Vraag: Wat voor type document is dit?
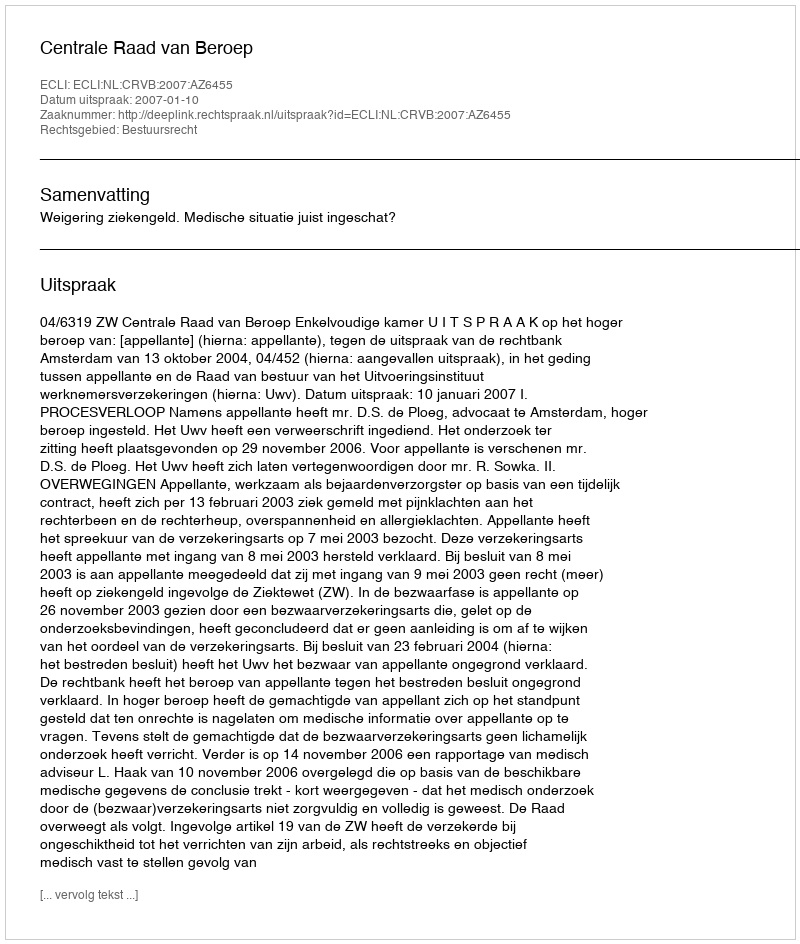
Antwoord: Uitspraak